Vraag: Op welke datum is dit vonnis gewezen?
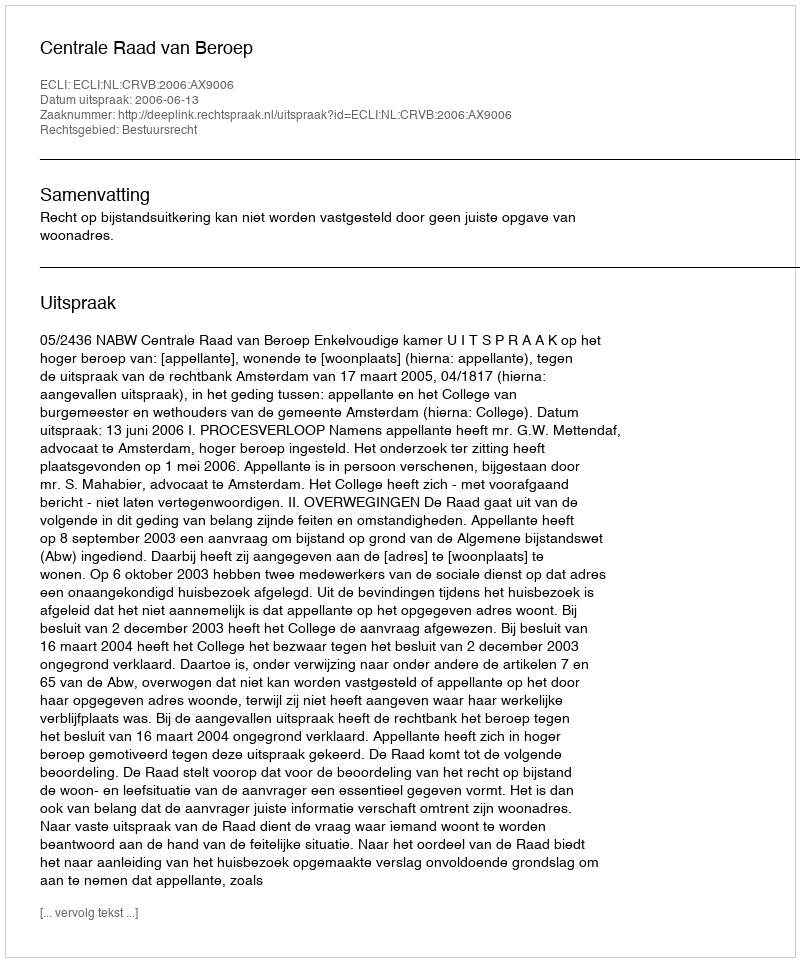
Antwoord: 2006-06-13